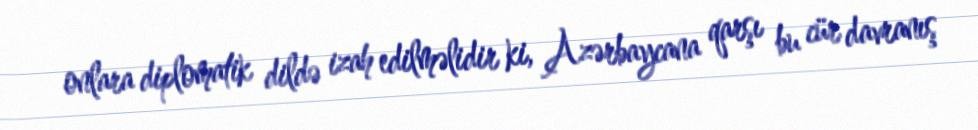
onlara diplomatik dildə izah edilməlidir ki, Azərbaycana qarşı bu cür davranış